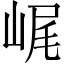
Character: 𡷕